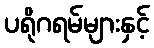
ပရိုဂရမ်များနှင့်